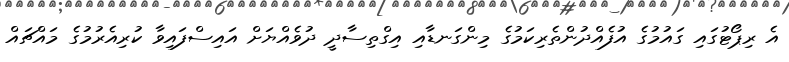
އެ ރިޕޯޓުގައި ގައުމުގެ އުފެއްދުންތެރިކަމުގެ މިންގަނޑާއި އިގްތިސާދީ ދުވެއްޔަށް އައިސްފައިވާ ކުރިއެރުމުގެ މައްޗައް